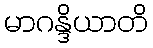
မာဂန္ဒိယာတိ